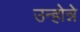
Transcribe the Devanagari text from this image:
उन्होन्ने